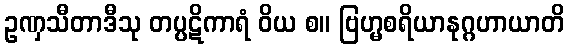
ဥဏှသီတာဒီသု တပ္ပဋိကာရံ ဝိယ စ။ ဗြဟ္မစရိယာနုဂ္ဂဟာယာတိ